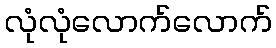
လုံလုံလောက်လောက်